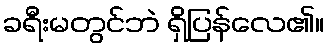
ခရီးမတွင်ဘဲ ရှိပြန်လေ၏။